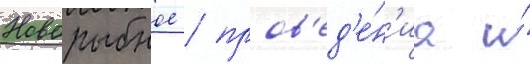
Новорыбное / пров'ед'е́н'иа и́